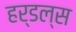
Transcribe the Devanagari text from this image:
हर्डल्स